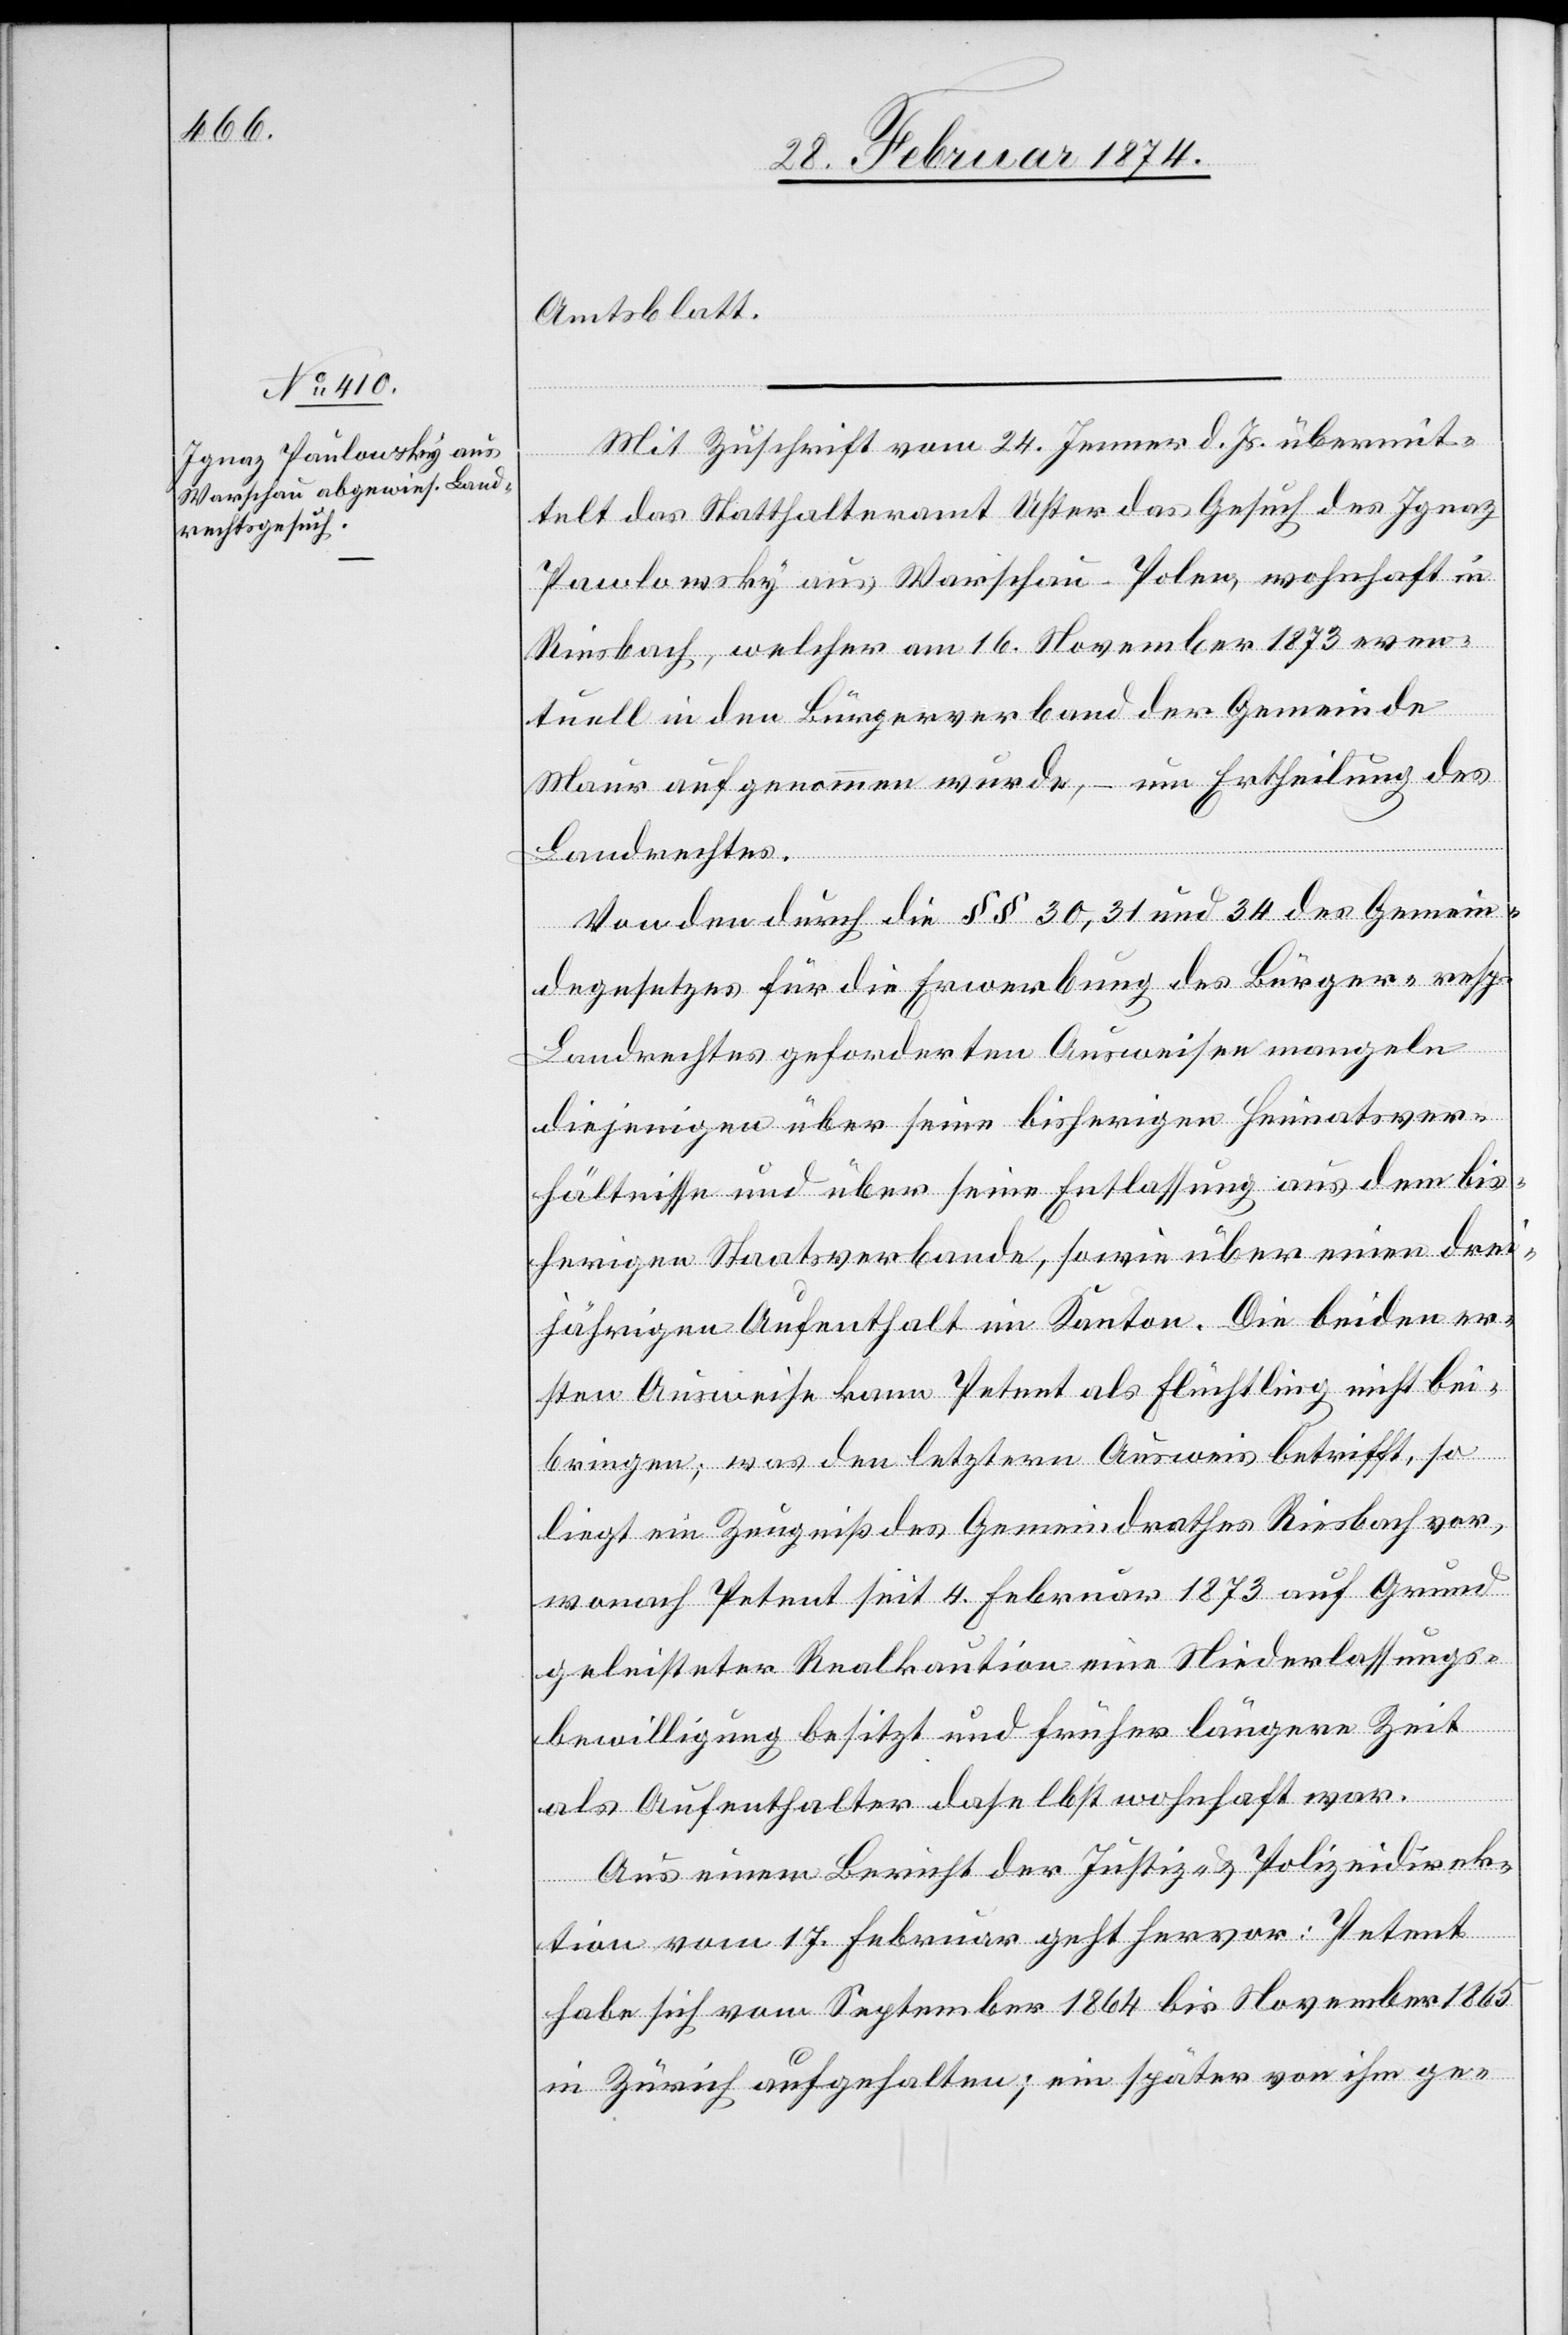
Amtsblatt.
Mit Zuschrift vom 24. Jenner d. Js. übermit¬
telt das Statthalteramt Uster das Gesuch des Ignaz
Pawlowsky [sic!] aus Warschau-Polen, wohnhaft in
Riesbach, welcher am 16. November 1873 even¬
tuell in den Bürgerverband der Gemeinde
Mauer aufgenommen wurde, – um Ertheilung des
Landrechtes.
Von den durch die §§ 30, 31 und 34 des Gemein¬
degesetzes für die Erwerbung des Bürger- resp.
Landrechtes geforderten Ausweisen mangeln
diejenigen über seine bisherigen Heimatsver¬
hältnisse und über seine Entlassung aus dem bis¬
herigen Staatsverbande, sowie über einen drei¬
jährigen Aufenthalt im Kanton. Die beiden er¬
sten Ausweise kann Petent als Flüchtling nicht bei¬
bringen, was den letztern Ausweis betrifft, so
liegt ein Zeugniß des Gemeindrathes Riesbach vor,
wonach Petent seit 4. Februar 1873 auf Grund
geleisteter Realkaution eine Niederlassungs¬
bewilligung besitzt und früher längere Zeit
als Aufenthalter daselbst wohnhaft war.
Aus einem Bericht der Justiz- u. Polizeidirek¬
tion vom 17. Februar geht hervor: Petent
habe sich vom September 1864 bis November 1865
in Zürich aufgehalten; ein später von ihm ge-